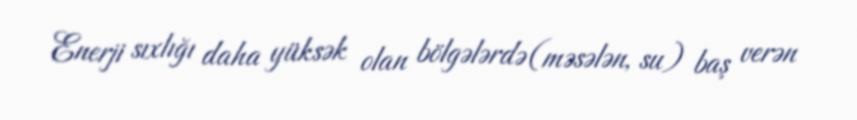
Enerji sıxlığı daha yüksək olan bölgələrdə (məsələn, su) baş verən